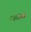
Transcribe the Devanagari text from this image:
गजांआड